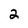
Character: 2